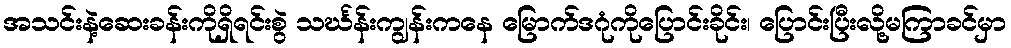
အသင်းနဲ့ဆေးခန်းကိုရှိရင်းစွဲ သင်္ဃန်းကျွန်းကနေ မြောက်ဒဂုံကိုပြောင်းခိုင်း၊ ပြောင်းပြီးလို့မကြာခင်မှာ